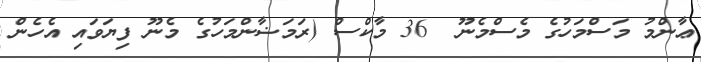
ޢާންމު މަސްމަހުގެ މެސްމެނޫ  36 މާކްސް (ރަމަޟާންމަހުގެ މެނޫ ފިޔަވައި އެހެން